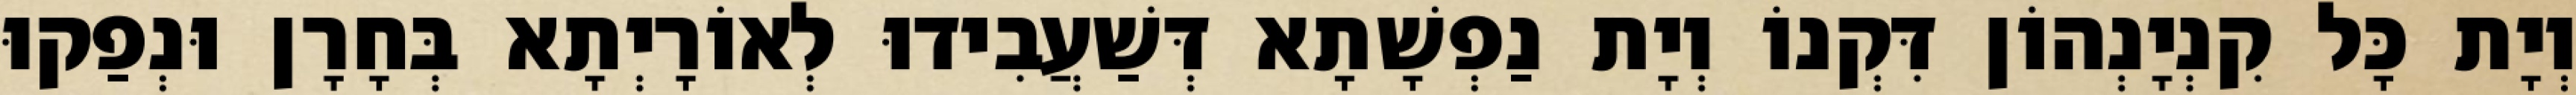
וְיָת כָּל קִנְיָנְהוֹן דִּקְנוֹ וְיָת נַפְשָׁתָא דְּשַׁעֲבִידוּ לְאוֹרָיְתָא בְּחָרָן וּנְפַקוּ